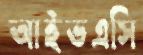
আইভএসি